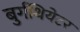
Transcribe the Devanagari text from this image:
बुर्गथियेटर